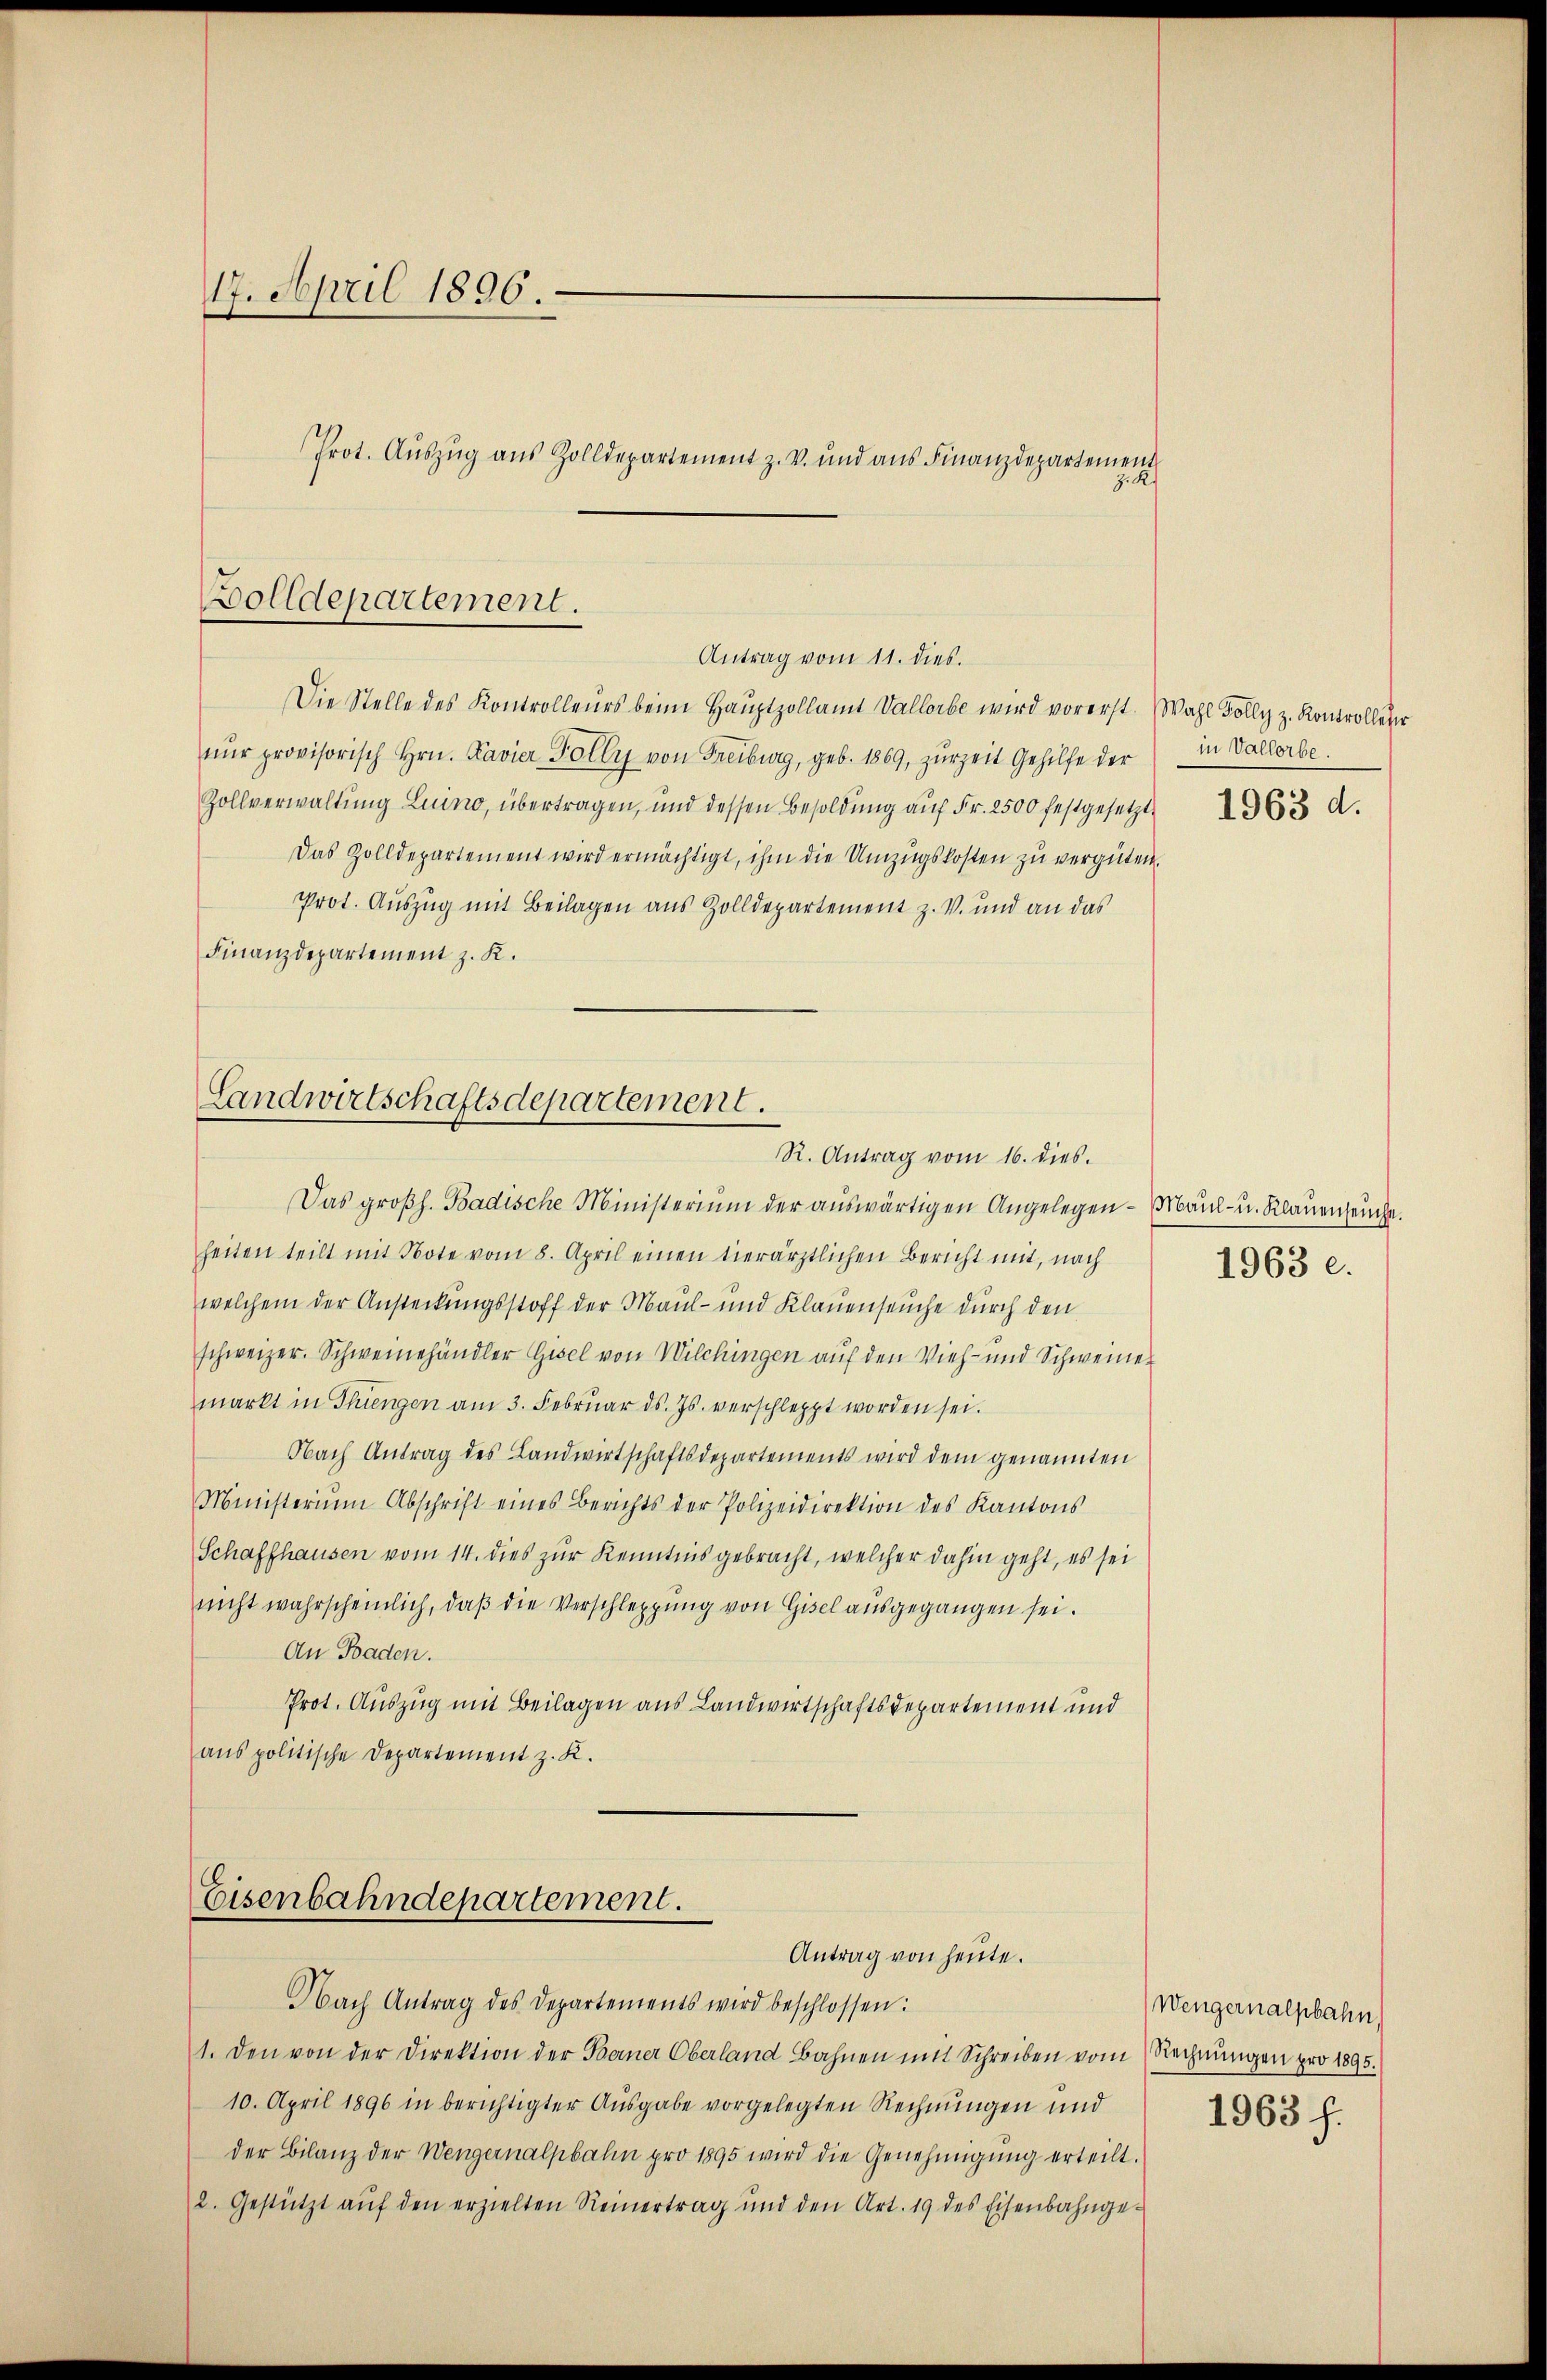
17. April 1896.
Prot. Aŭszŭg aŭs Zolldepartement z. v. und ans Finanzdepartement
z. R.

Bolldepartement.
Antrag vom 11. dies.

Die Stelle des Kontrolleurs beim Hauptzollamt Vallorbe wird vorerst. Wahl Bolly z. Kontrolleter
nŭr provisorisch Hrn. Kavier Folly von Freiburg, geb. 1869, zurzeit Gehilfe der
Zollverwaltung Luino, übertragen, und dessen Besoldŭng aŭf Fr. 2500 festgesetzt 263 d.
Das Zolldepartement wird ermächtigt, ihm die Umzugskosten zu vergüten.
Prot. Auszug mit Beilagen aus Zolldepartement z. V. und an das
Finanzdepartement z. K.

Landwirtschaftsdepartement.
R. Antrag vom 16. dies.

Eisenbahndepartement.
Antrag von heute.

Das großh. Badische Ministerium der aŭswärtigen Angelegen - Maul- u. Klauenseuche.
heiten teilt mit Note vom 8. April einen hierärztlichen Bericht mit, nach
welchem der Ansteckungsstoff der Maul- und Klauenseuche durch den
schweizer. Schweinehändler Gisel von Wilchingen auf den Vieh- und Schweiner
markt in Thiengen am 3. Febrŭar d. Js. verschleppt worden sei.
Nach Antrag des Landwirtschaftsdepartements wird dem genannten
Ministerium Abschrift eines Berichts der Polizeidirektion des Kantons
Schaffhausen vom 14. dies zur Kenntnis gebracht, welcher dahin geht, es sei
nicht wahrscheinlich, daβ die Verschleppung von Gisel ausgegangen sei.
An Baden.
Prot. Auszug mit Beilagen aus Landwirtschaftsdepartement und
aus politische Departement z. K.

Nach Antrag des Departements wird beschlossen:
1. Den von der Direktion der Berner Oberland Bahnen mit Schreiben vom Rechnungen pro 1895.
10. April 1896 in berichtigter Ausgabe vorgelegten Rechnungen und
der Bilanz der Wengernalpbahn pro 1895 wird die Genehmigŭng erteilt.
2. Gestützt aŭf den erzielten Reinertrag und den Art. 19 des Eisenbahnge-

in Vallerbe.

1963 c.

Wengernalpbahn,
1963 f.